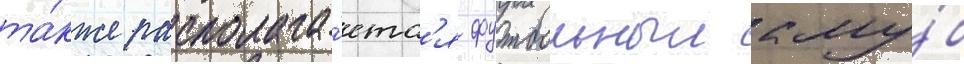
та́кже располага́етс'я футбольныи клу́б